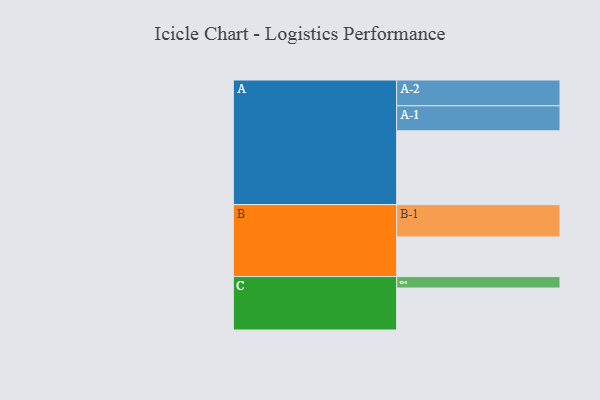
{"axis": {"x": "Segment", "y": "Value"}, "legend": ["", "A", "B", "C"], "data": [{"x": "A", "y": 598, "type": ""}, {"x": "B", "y": 321, "type": ""}, {"x": "C", "y": 340, "type": ""}, {"x": "A-1", "y": 203, "type": "A"}, {"x": "A-2", "y": 209, "type": "A"}, {"x": "B-1", "y": 262, "type": "B"}, {"x": "C-1", "y": 93, "type": "C"}]}